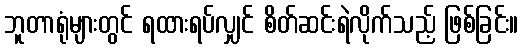
ဘူတာရုံများတွင် ရထားရပ်လျှင် စိတ်ဆင်းရဲလိုက်သည့် ဖြစ်ခြင်း။